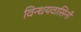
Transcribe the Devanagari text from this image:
विन्धयवासिनी